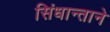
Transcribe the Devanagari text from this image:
सिंधान्ताने